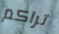
تراكم